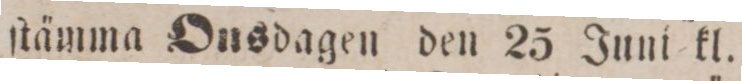
ſtämma Ousdagen den 25 Juni kl.